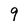
Character: 9